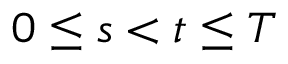
0 \leq s < t \leq T